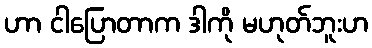
ဟာ ငါပြောတာက ဒါကို မဟုတ်ဘူးဟ